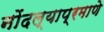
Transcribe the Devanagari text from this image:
नोंदल्याप्रमाणे